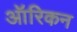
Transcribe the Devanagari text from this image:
ऑरिकन